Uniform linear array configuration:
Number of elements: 32
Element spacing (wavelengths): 0.5
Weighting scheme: uniform
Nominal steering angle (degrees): -15
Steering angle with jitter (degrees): -16.518
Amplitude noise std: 0.05
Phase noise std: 0.05

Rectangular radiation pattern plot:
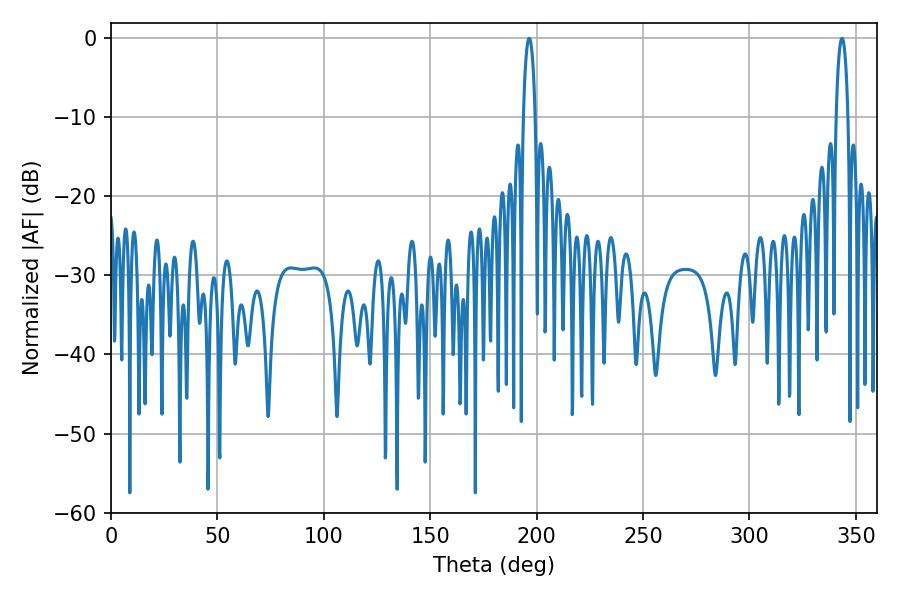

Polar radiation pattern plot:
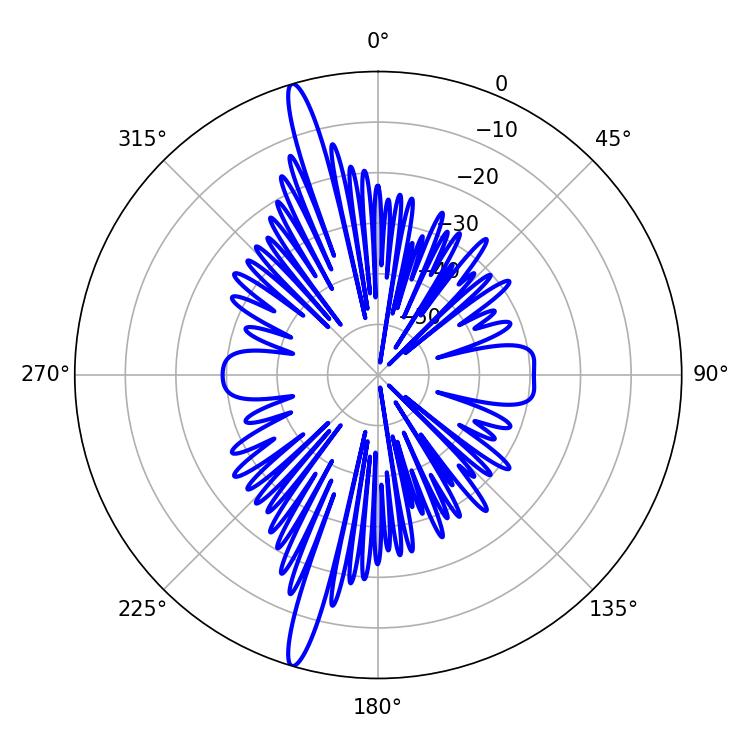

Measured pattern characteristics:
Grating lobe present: FALSE
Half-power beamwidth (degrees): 3.06
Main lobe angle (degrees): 343.44